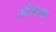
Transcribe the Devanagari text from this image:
जोअन्ना